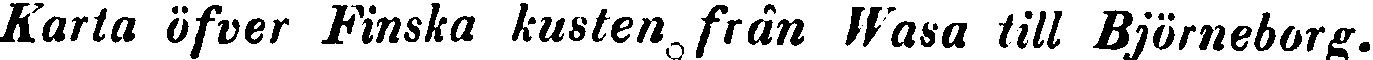
Karta öfver Finska kusten från Wasa till Björneborg.